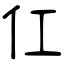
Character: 仜